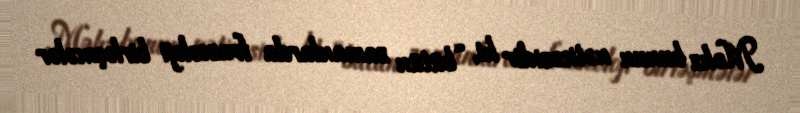
Məhz bunun nəticəsidir ki, “bütün zamanlarda frazeoloji birləşmələr